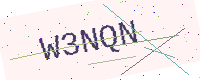
Text: W3NQN